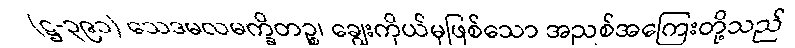
(ဋ္ဌ-၃၉၁) သေဒမလမက္ခိတဉ္စ၊ ချွေးကိုယ်မှဖြစ်သော အညစ်အကြေးတို့သည်